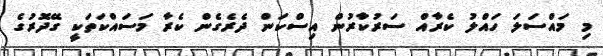
މި މައްސަލަ ހައްލު ކެރާއް ސަރުކާރުން އިސްކަން ދެރެގެން ކެރާ މަސައްކަތަކީ ގޭދޮރުގެ